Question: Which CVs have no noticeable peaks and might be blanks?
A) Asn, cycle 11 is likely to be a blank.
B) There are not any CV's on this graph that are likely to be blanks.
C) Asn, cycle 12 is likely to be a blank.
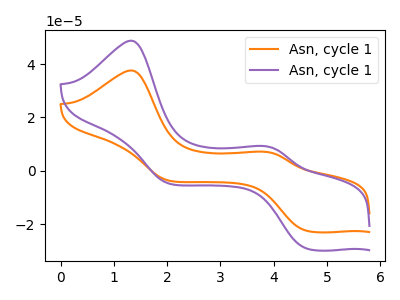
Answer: <think>The orange curve "Asn, cycle 11" has anodic peaks at (1.30V, 37.60uA) (3.85V, 7.15uA) and cathodic peaks at (4.60V, -22.40uA) (2.05V, -3.65uA). The purple curve "Asn, cycle 12" has anodic peaks at (1.30V, 48.80uA) (3.85V, 9.25uA) and cathodic peaks at (4.60V, -29.05uA) (2.05V, -4.70uA).</think>
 <answer>B) There are not any CV's on this graph that are likely to be blanks.</answer>
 <eval>B</eval>